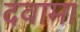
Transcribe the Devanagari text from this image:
दवामा